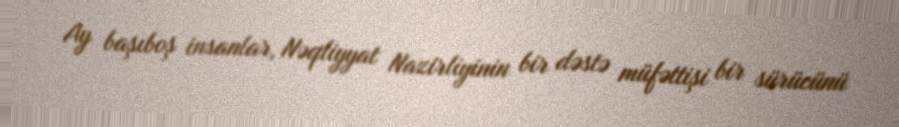
Ay başıboş insanlar, Nəqliyyat Nazirliyinin bir dəstə müfəttişi bir sürücünü